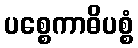
ပစ္စေကာဓိပစ္စံ